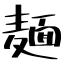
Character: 麺